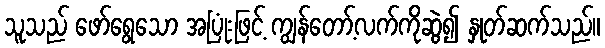
သူသည် ဖော်ရွေသော အပြုံးဖြင့် ကျွန်တော့်လက်ကိုဆွဲ၍ နှုတ်ဆက်သည်။